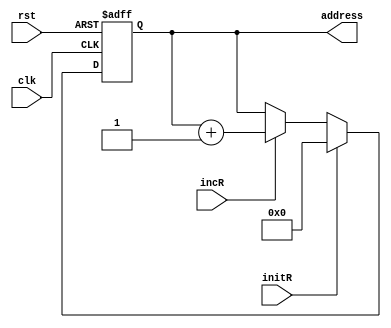
`timescale 1ns/1ns
module SRAM_address_Register (
    input clk,
    input rst,
    input initR,
    input incR,

    output [12:0] address
);

    reg [12:0] SRAM_address;
    always @(posedge clk, posedge rst) begin
        if (rst)
            SRAM_address <= 13'b0;
        else if (initR)
            SRAM_address <= 13'b0;
        else if (incR)
            SRAM_address <= SRAM_address + 13'b1;
    end

    assign address = SRAM_address;

endmodule